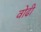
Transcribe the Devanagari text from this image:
वोढी